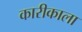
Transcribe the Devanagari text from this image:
कारीकाला